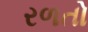
રળતો